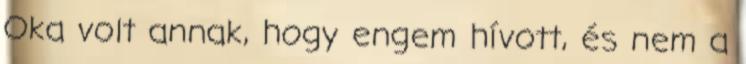
Oka volt annak, hogy engem hívott, és nem a